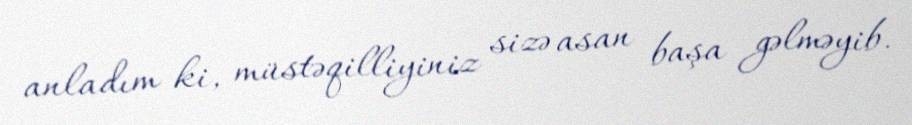
anladım ki, müstəqilliyiniz sizə asan başa gəlməyib.